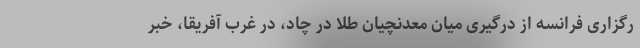
رگزاری فرانسه از درگیری میان معدنچیان طلا در چاد، در غرب آفریقا، خبر